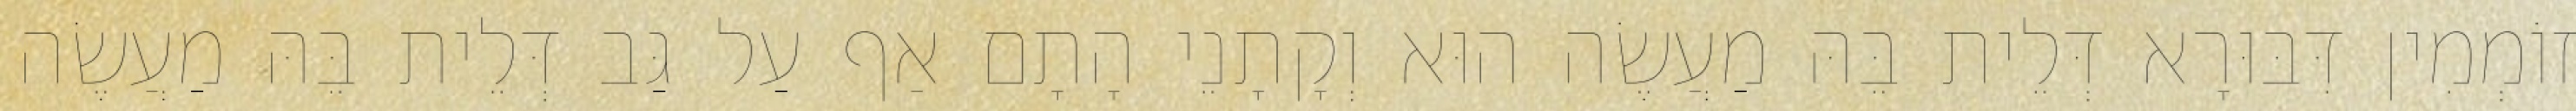
זוֹמְמִין דִּבּוּרָא דְּלֵית בֵּהּ מַעֲשֶׂה הוּא וְקָתָנֵי הָתָם אַף עַל גַּב דְּלֵית בֵּהּ מַעֲשֶׂה